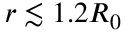
r \lesssim 1 . 2 R _ { 0 }